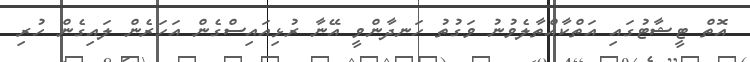
އޮތް ޓީޝާޓުގައި އަތްކާއްތާލެވުނު ވަގުތު ހަނދާންވީ އޭނާ ރުޅިއައިސްގެން އަހަރެން ލައިގެން ހުރި